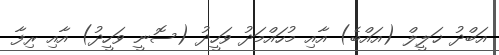
އަބްދު ޚަލީލް (އައްބެ) އާއި މުހައްމަދު ވަހީދު (ސޮނީ ވަހީދު) އާއި ރިފާ